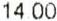
14.00